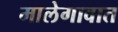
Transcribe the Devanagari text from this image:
मालेगावात